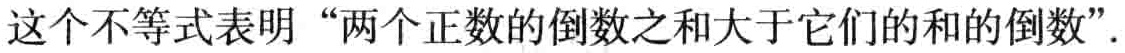
这个不等式表明 “两个正数的倒数之和大于它们的和的倒数”.